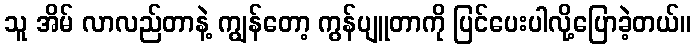
သူ အိမ် လာလည်တာနဲ့ ကျွန်တော့ ကွန်ပျူတာကို ပြင်ပေးပါလို့ပြောခဲ့တယ်။